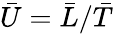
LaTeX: \bar{U}=\bar{L}/\bar{T}